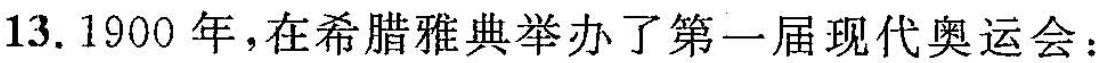
13.1900年，在希腊雅典举办了第一届现代奥运会：